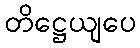
တိဋ္ဌေယျပေ